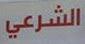
الشرعي